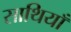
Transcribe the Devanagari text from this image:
साथियाँ